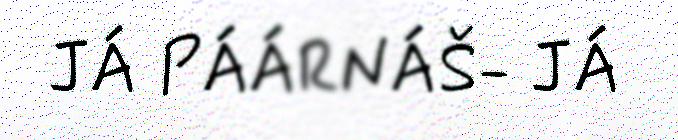
JÁ PÁÁRNÁŠ- JÁ